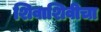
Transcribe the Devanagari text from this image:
शिवाशिवीचा